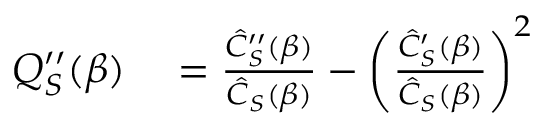
\begin{array} { r l } { Q _ { S } ^ { \prime \prime } ( \beta ) } & { { } = \frac { \hat { C } _ { S } ^ { \prime \prime } ( \beta ) } { \hat { C } _ { S } ( \beta ) } - \left( \frac { \hat { C } _ { S } ^ { \prime } ( \beta ) } { \hat { C } _ { S } ( \beta ) } \right) ^ { 2 } } \end{array}